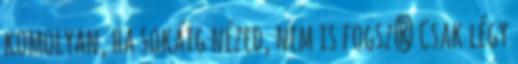
komolyan, ha sokáig nézed, nem is fogsz? Csak légy